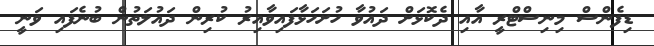
ޑިފެންސް މިނިސްޓްރީ އާއި ދެކޮޅަށް ދައުވާ ހުށަހަޅާފައިވާއިރު ކުރިން ދައުލަތުން ބުނެފައި ވަނީ